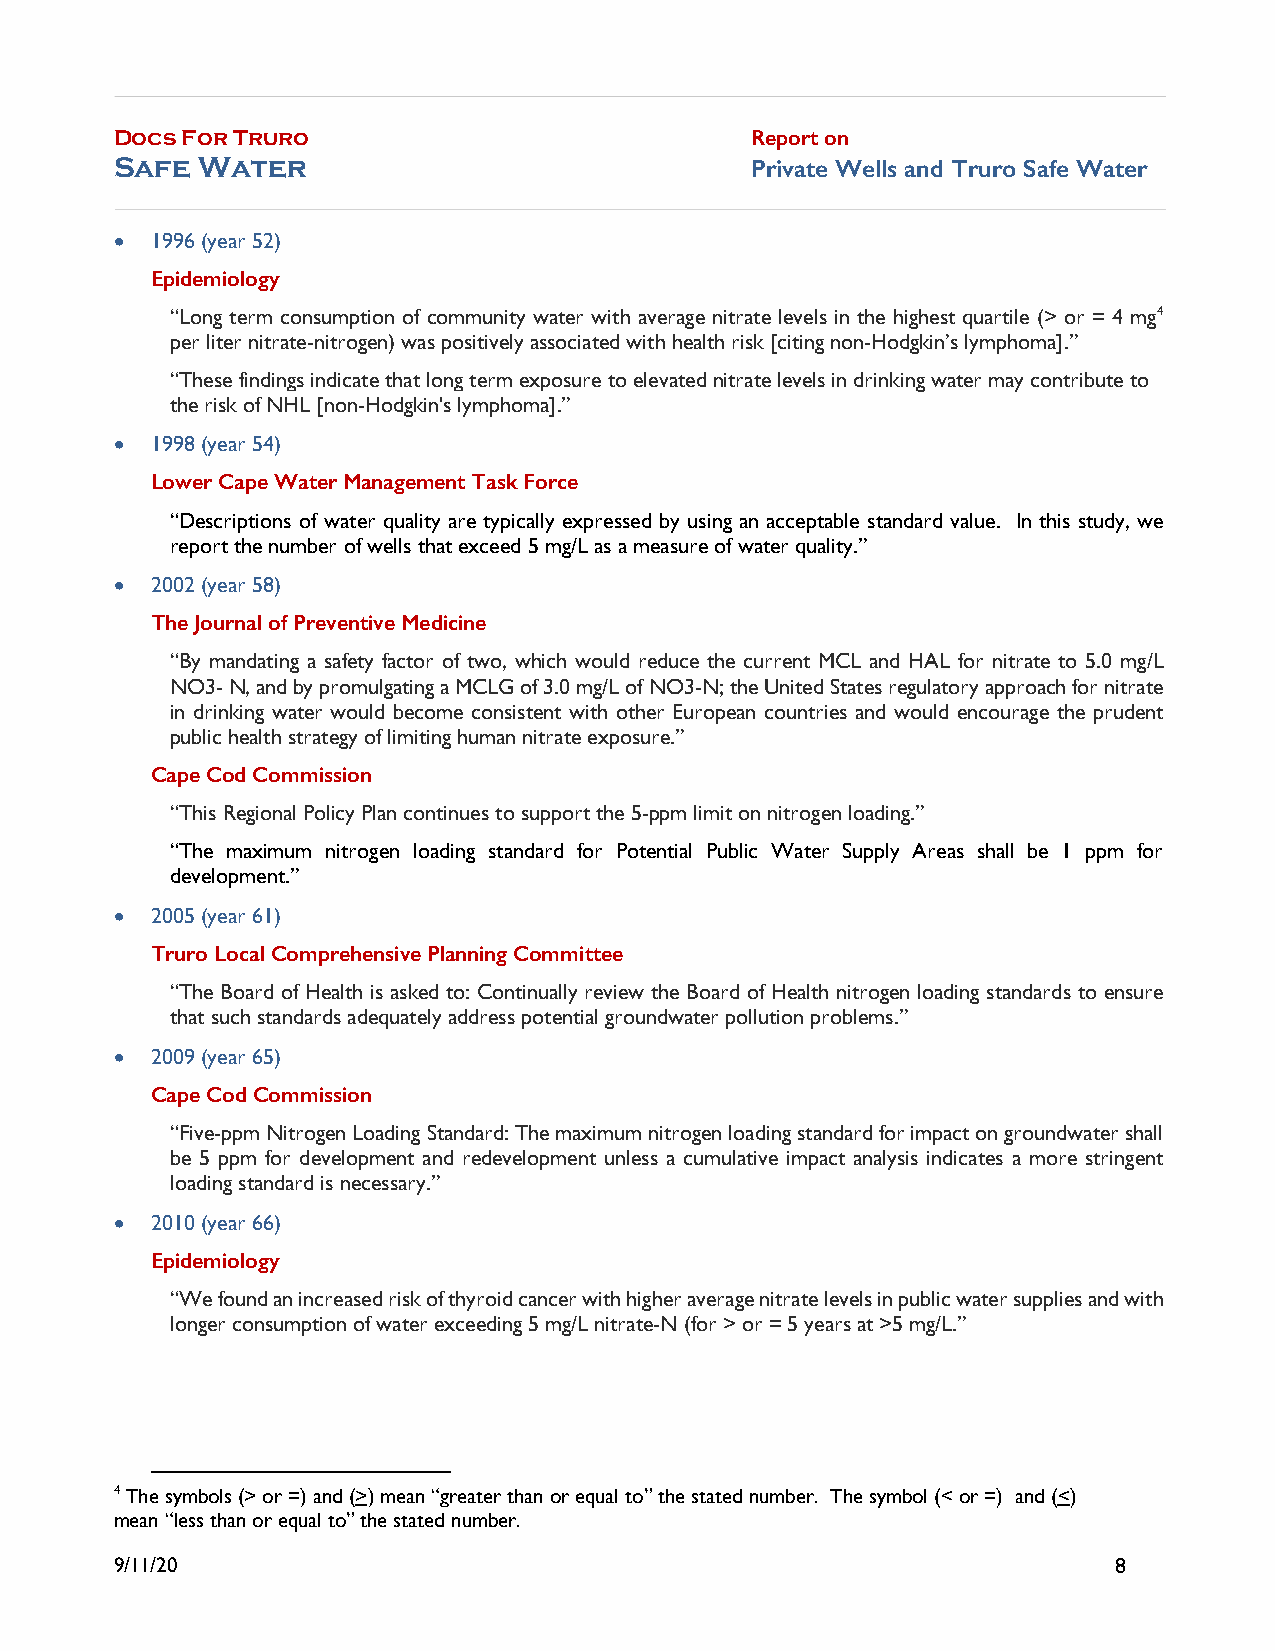
Docs For Truro                            Report on
 Safe Water                                Private Wells and Truro Safe Water
 • 1996 (year 52)
 Epidemiology
 “Long term consumption of community water with average nitrate levels in the highest quartile (> or = 4 mg4
 per liter nitrate-nitrogen) was positively associated with health risk [citing non-Hodgkin’s lymphoma].”
 “These findings indicate that long term exposure to elevated nitrate levels in drinking water may contribute to
 the risk of NHL [non-Hodgkin's lymphoma].”
 • 1998 (year 54)
 Lower Cape Water Management Task Force
 “Descriptions of water quality are typically expressed by using an acceptable standard value. In this study, we
 report the number of wells that exceed 5 mg/L as a measure of water quality.”
 • 2002 (year 58)
 The Journal of Preventive Medicine
 “By mandating a safety factor of two, which would reduce the current MCL and HAL for nitrate to 5.0 mg/L
 NO3- N, and by promulgating a MCLG of 3.0 mg/L of NO3-N; the United States regulatory approach for nitrate
 in drinking water would become consistent with other European countries and would encourage the prudent
 public health strategy of limiting human nitrate exposure.”
 Cape Cod Commission
 “This Regional Policy Plan continues to support the 5-ppm limit on nitrogen loading.”
 “The maximum nitrogen loading standard for Potential Public Water Supply Areas shall be 1 ppm for
 development.”
 • 2005 (year 61)
 Truro Local Comprehensive Planning Committee
 “The Board of Health is asked to: Continually review the Board of Health nitrogen loading standards to ensure
 that such standards adequately address potential groundwater pollution problems.”
 • 2009 (year 65)
 Cape Cod Commission
 “Five-ppm Nitrogen Loading Standard: The maximum nitrogen loading standard for impact on groundwater shall
 be 5 ppm for development and redevelopment unless a cumulative impact analysis indicates a more stringent
 loading standard is necessary.”
 • 2010 (year 66)
 Epidemiology
 “We found an increased risk of thyroid cancer with higher average nitrate levels in public water supplies and with
 longer consumption of water exceeding 5 mg/L nitrate-N (for > or = 5 years at >5 mg/L.”
 4 The symbols (> or =) and (>) mean “greater than or equal to” the stated number. The symbol (< or =) and (<)
 mean “less than or equal to” the stated number.
 9/11/20                                                           8